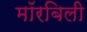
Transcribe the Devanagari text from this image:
मॉरबिली